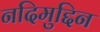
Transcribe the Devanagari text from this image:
नदिमुद्दिन